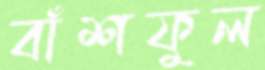
বাঁশফুল